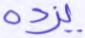
يزده